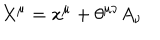
LaTeX: X ^ { \mu } = x ^ { \mu } + \theta ^ { \mu \nu } A _ { \nu }